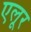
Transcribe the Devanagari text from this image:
एलूर